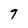
Character: 7